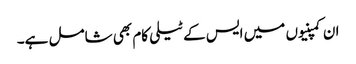
ان کمپنیوں میں ایس کے ٹیلی کام بھی شامل ہے۔